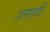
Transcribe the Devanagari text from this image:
जमादी